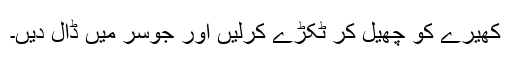
کھیرے کو چھیل کر ٹکڑے کرلیں اور جوسر میں ڈال دیں۔